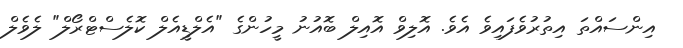
އިންސައްތަ އިތުރުވެފައިވެ އެވެ. އޮލިވް އޮއިލް ބޮއުނު މީހުންގެ "އެލްޑީއެލް ކޮލެސްޓްރޯލް" ލެވެލް